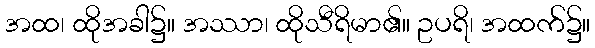
အထ၊ ထိုအခါ၌။ အဿာ၊ ထိုသီရိမာ၏။ ဥပရိ၊ အထက်၌။